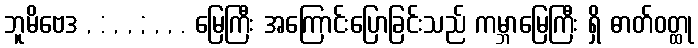
ဘူမိဗေဒ , : , , ; , , . မြေကြီး အကြောင်းပြောခြင်းသည် ကမ္ဘာမြေကြီး ရှိ ဓာတ်ဝတ္ထု